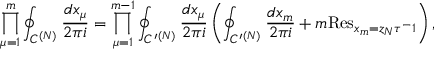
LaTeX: \displaystyle \prod _ { \mu = 1 } ^ { m } \oint _ { C ^ { ( N ) } } { \frac { d x _ { \mu } } { 2 \pi i } } = \displaystyle \prod _ { \mu = 1 } ^ { m - 1 } \oint _ { C ^ { \prime } { } ^ { ( N ) } } { \frac { d x _ { \mu } } { 2 \pi i } } \left( \oint _ { C ^ { \prime } { } ^ { ( N ) } } { \frac { d x _ { m } } { 2 \pi i } } + m \mathrm { R e s } _ { x _ { m } = z _ { N } \tau ^ { - } 1 } \right) ,